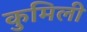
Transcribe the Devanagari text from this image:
कुमिली